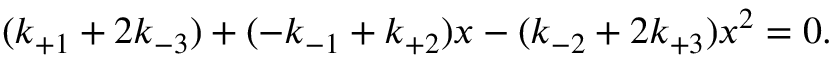
( k _ { + 1 } + 2 k _ { - 3 } ) + ( - k _ { - 1 } + k _ { + 2 } ) x - ( k _ { - 2 } + 2 k _ { + 3 } ) x ^ { 2 } = 0 .